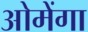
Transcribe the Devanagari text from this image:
ओमेंगा